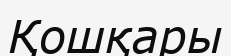
Қошқары